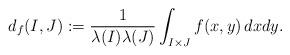
LaTeX: \begin{align*}d_f(I, J) := \frac{1}{\lambda(I)\lambda(J)} \int_{I \times J} f(x,y)\, dxdy.\end{align*}